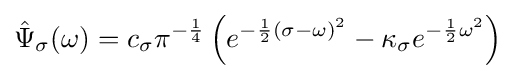
{\hat {\Psi }}_{\sigma }(\omega )=c_{\sigma }\pi ^{-{\frac {1}{4}}}\left(e^{-{\frac {1}{2}}(\sigma -\omega )^{2}}-\kappa _{\sigma }e^{-{\frac {1}{2}}\omega ^{2}}\right)